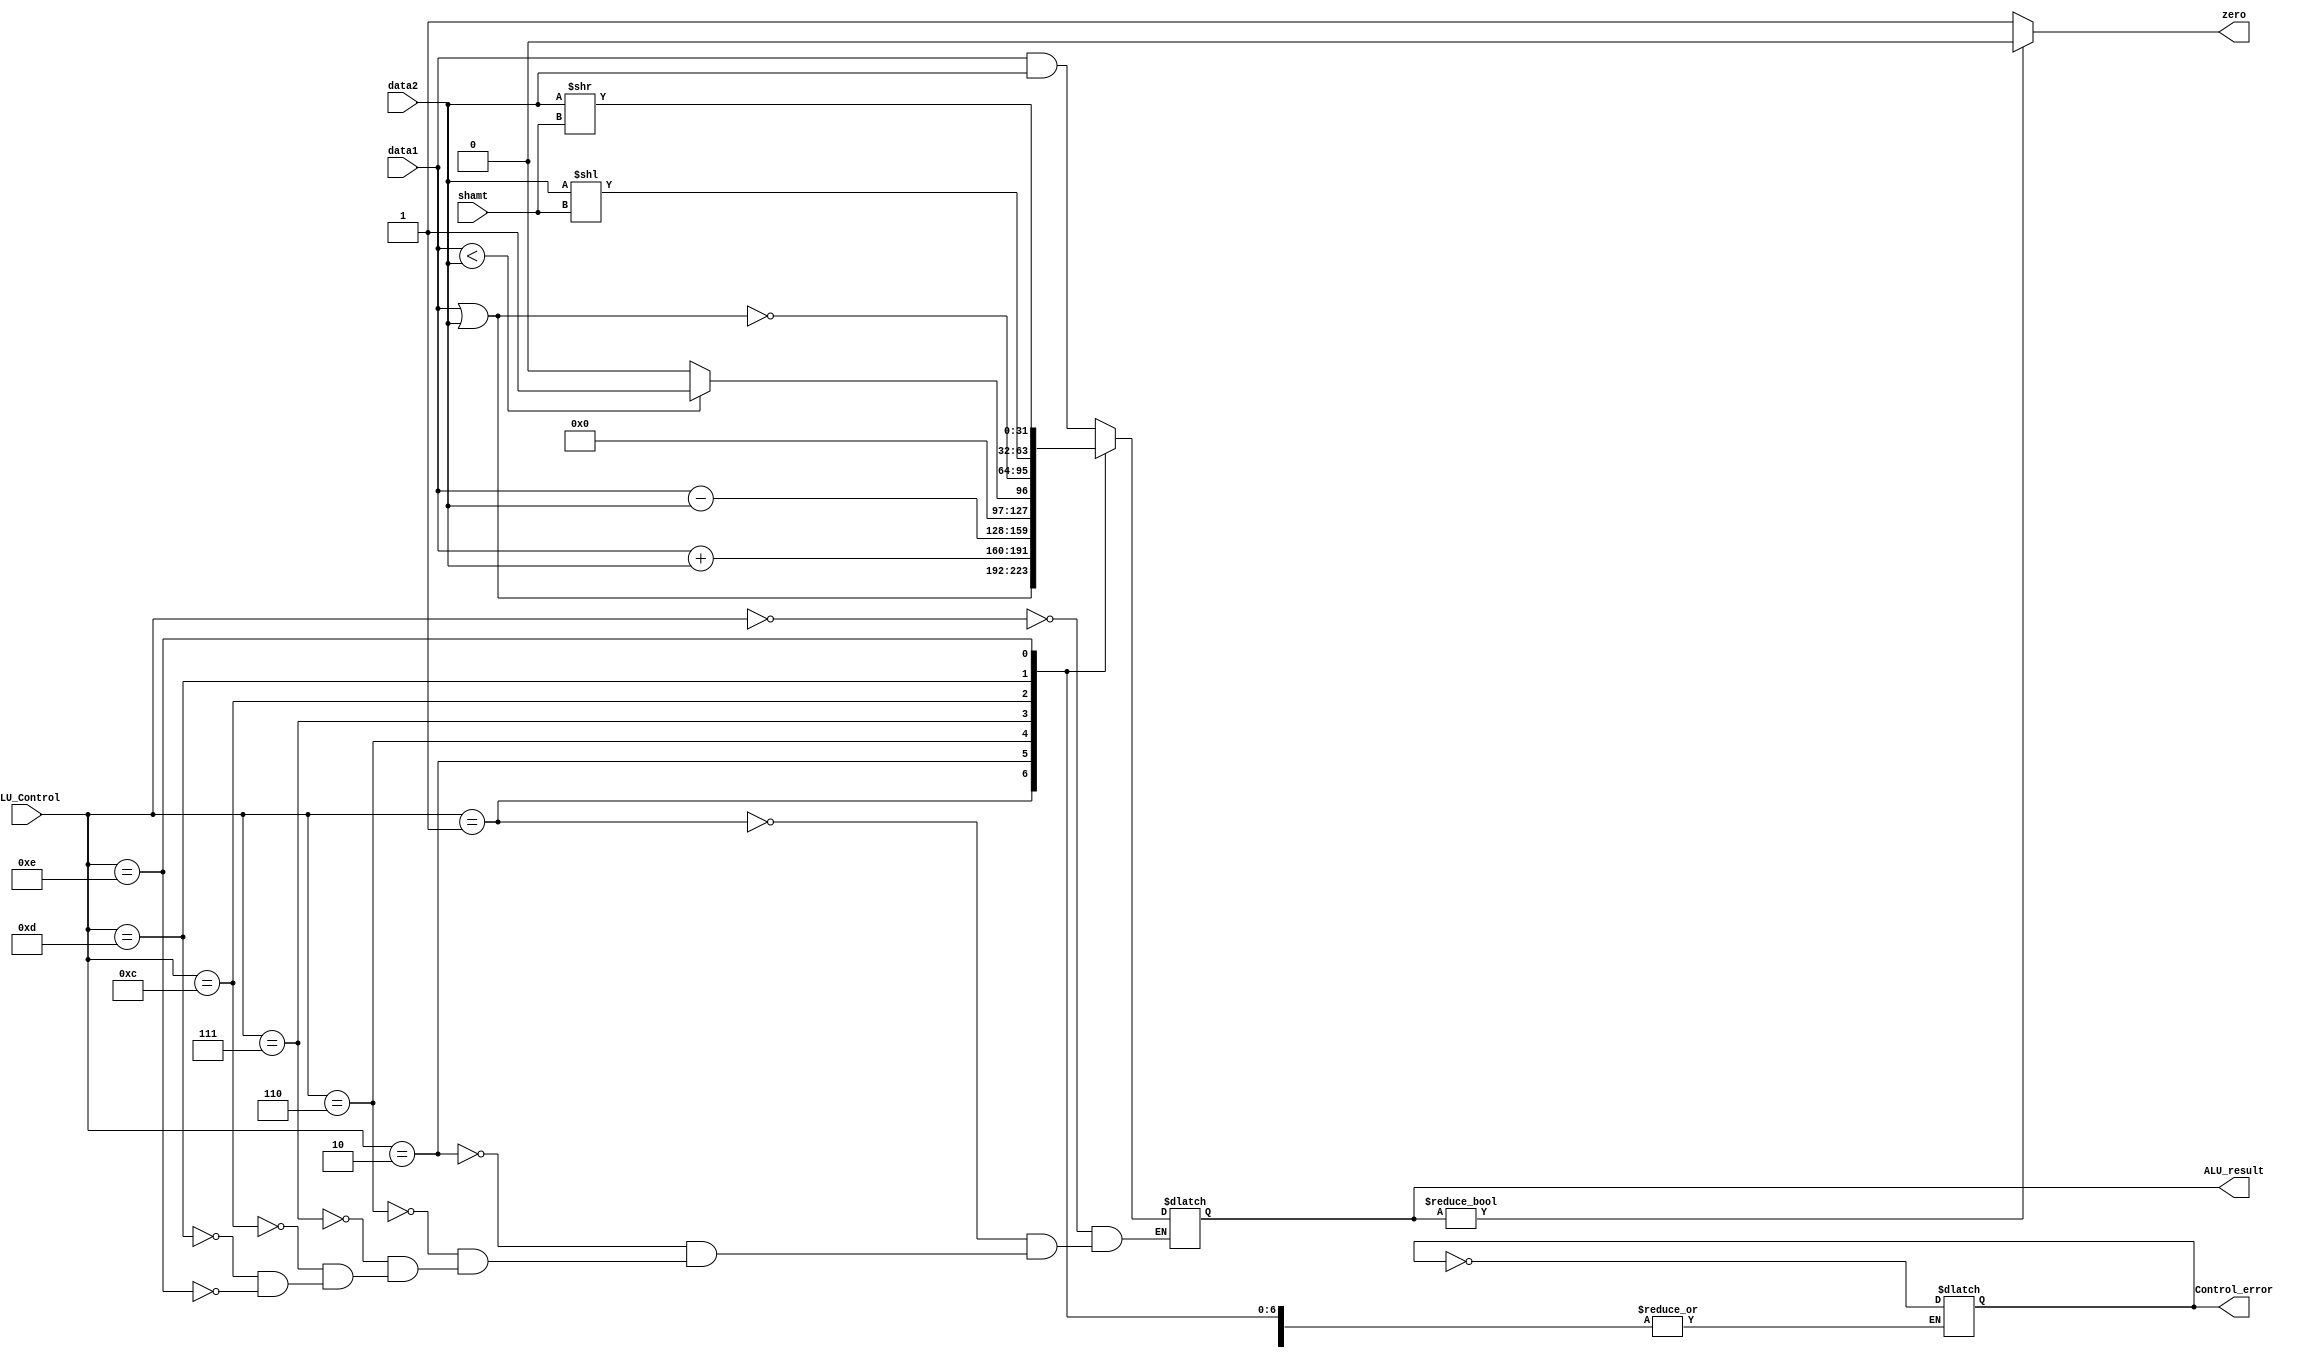
module ALU(
    input [31:0] data1,         ///< Connect to read data 1 ie. rs
    input [31:0] data2,         ///< Connect to read data 2 ie. rt
    input [3:0] ALU_Control,    ///< Control signal of ALU 
    input [4:0] shamt,          ///< shamt field in R type instruction
    output reg [31:0] ALU_result,
    output reg Control_error,   ///< Flag Control_error flip if ALU_Control is illegal
    output zero                 ///< Flag zero <= high if ALU_result == 0
);
    ///< ALU_Control list
    parameter AND = 4'b0000;
    parameter OR  = 4'b0001;
    parameter add = 4'b0010;
    parameter sub = 4'b0110;
    parameter slt = 4'b0111;
    parameter NOR = 4'b1100;
    parameter sll = 4'b1101;
    parameter rll = 4'b1110;

    always@(*) begin
        case (ALU_Control)
            AND : ALU_result <= data1 & data2;
            OR  : ALU_result <= data1 | data2;
            add : ALU_result <= data1 + data2;
            sub : ALU_result <= data1 - data2;
            slt : if(data1 < data2) ALU_result <= 1'b1; else ALU_result <= 1'b0;
            NOR : ALU_result <= ~(data1 | data2);
            sll : ALU_result <= data2 << shamt;
            rll : ALU_result <= data2 >> shamt;
            default: Control_error <= ~Control_error;
        endcase
    end

    assign zero = (ALU_result) ? 1'b0 : 1'b1;
    

endmodule // ALU